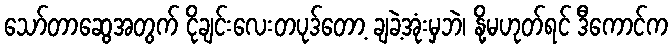
သော်တာဆွေအတွက် ငိုချင်းလေးတပုဒ်တော့ ချခဲ့အုံးမှဘဲ၊ နို့မဟုတ်ရင် ဒီကောင်က